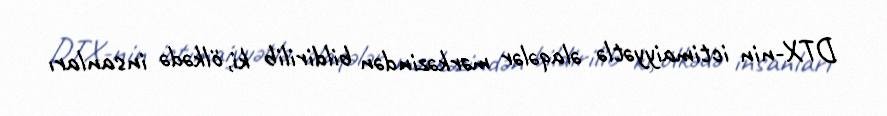
DTX-nin ictimaiyyətlə əlaqələr mərkəzindən bildirilib ki, ölkədə insanları